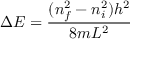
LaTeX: \Delta E = { \frac { ( n _ { f } ^ { 2 } - n _ { i } ^ { 2 } ) h ^ { 2 } } { 8 m L ^ { 2 } } }